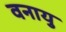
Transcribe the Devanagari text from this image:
वनायु